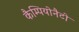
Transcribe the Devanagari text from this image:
कैम्पियोनैटो